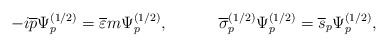
\begin{align*}-i\overline{p}\Psi _p^{(1/2)}=\overline{\varepsilon }m\Psi_p^{(1/2)} ,\hspace{0.5in}\overline{\sigma }_p^{(1/2)}\Psi_p^{(1/2)}=\overline{s}_p\Psi _p^{(1/2)} ,\end{align*}